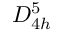
D _ { 4 h } ^ { 5 }